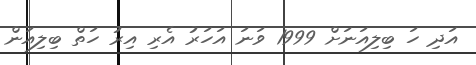
އަދި ހަ ބިލިއަނަށް 1999 ވަނަ އަހަރު އެރި އިރު ހަތް ބިލިއަން